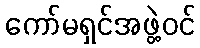
ကော်မရှင်အဖွဲ့ဝင်